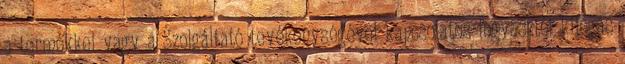
a termékkel vagy a Szolgáltató tevékenységével kapcsolatos fogyasztói kifogás